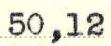
50,12